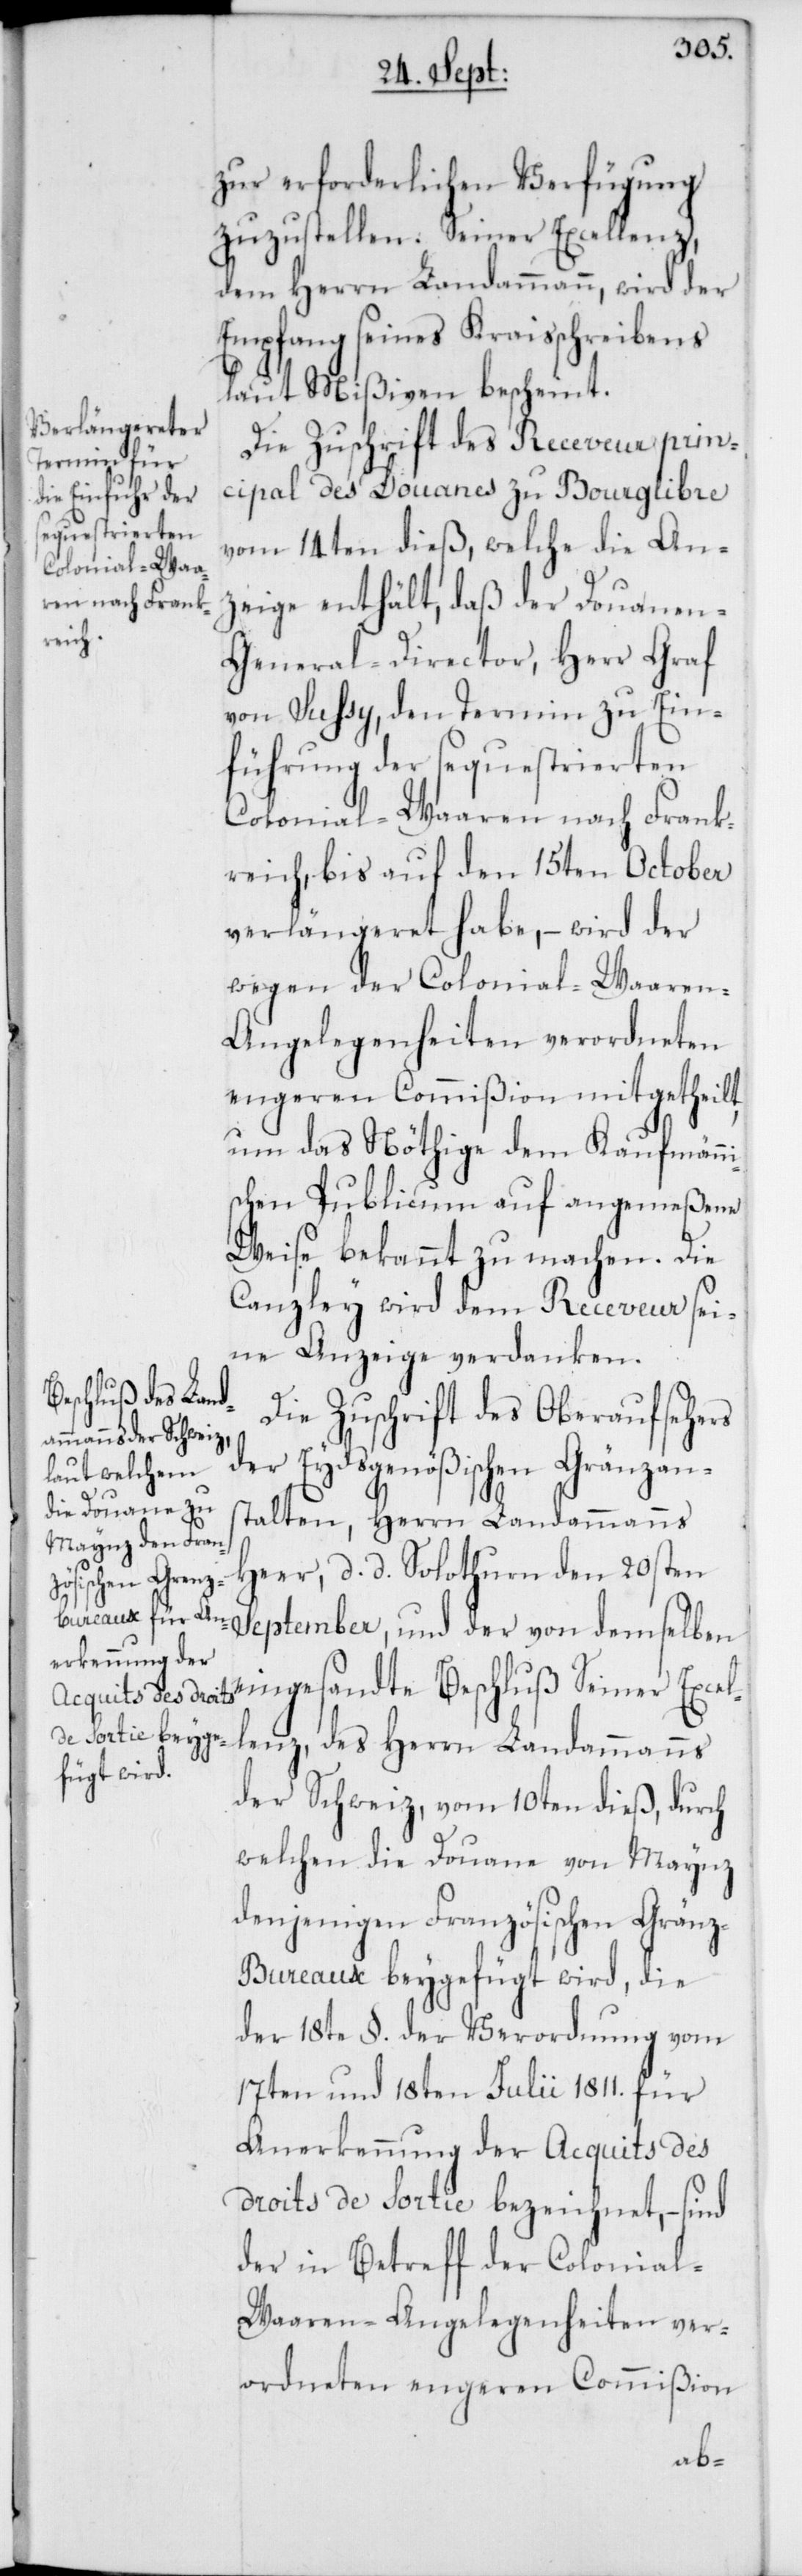
zur erforderlichen Verfügung
zuzustellen. Seiner Excellenz,
dem Herrn Landammann, wird der
Empfang seines Kraisschreibens
laut Mißiven bescheint.
Die Zuschrift des Receveur prin¬
cipal des Douanes zu Bourglibre
vom 14ten dieß, welche die An¬
zeige enthält, daß der Douanen-G¬
eneral-Director, Herr Graf
von Sußy, den Termin zu Ein¬
führung der sequestrierten
Colonial-Waaren nach Frank¬
reich, bis auf den 15ten October
verlängeret habe, – wird der
wegen der Colonial-Waare¬
n-Angelegenheiten verordneten
engeren Commißion mitgetheilt,
um das Nöthige dem Kaufmänni¬
schen Publicum auf angemeßene
Weise bekannt zu machen. Die
Canzley wird dem Receveur sei¬
ne Anzeige verdanken.
Die Zuschrift des Oberaufsehers
der Eydsgenößischen Gränzans¬
talten, Herrn Landammanns
Heer, d. d. Solothurn den 20sten
September, und der von demselben
eingesandte Beschluß Seiner Excel¬
lenz, des Herrn Landammanns
der Schweiz, vom 10ten dieß, durch
welchen die Douane von Maynz
denjenigen Französischen Grän¬
z-Bureaux beygefügt wird, die
der 18te §. der Verordnung vom
17ten und 18ten Julii 1811. für
Anerkennung der Acquits des
droits de Sortie bezeichnet, – sind
der in Betreff der Colonial-W¬
aaren-Angelegenheiten ver¬
ordneten engeren Commißion